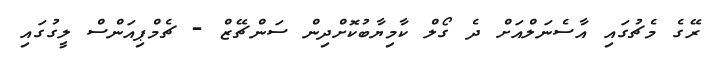
ރޭގެ މެޗުގައި އާސެނަލްއަށް ދެ ގޯލް ކާމިޔާބުކޮށްދިން ސަންޗޭޒް - ޗެމްޕިއަންސް ލީގުގައި